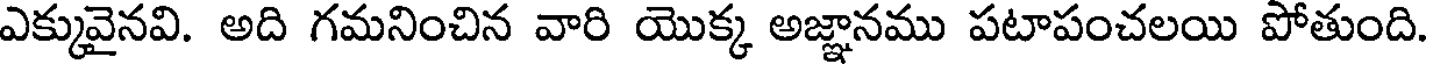
ఎక్కువైనవి. అది గమనించిన వారి యొక్క అజ్ఞానము పటాపంచలయి పోతుంది.